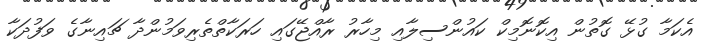
އެކަމާ ގުޅޭ ގޮތުން އިކޮނޮމިކް ކައުންސިލާއި މިހާރު ރާއްޖޭގައި ހަރަކާތްތެރިވަމުންދާ ޗައިނާގެ ވަފުދަކާ